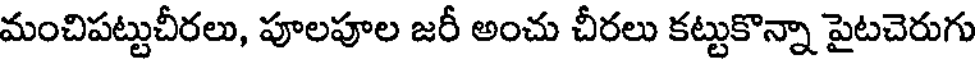
మంచిపట్టుచీరలు, పూలపూల జరీ అంచు చీరలు కట్టుకొన్నా పైటచెరుగు